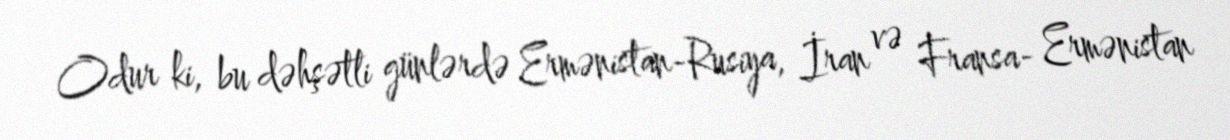
Odur ki, bu dəhşətli günlərdə Ermənistan-Rusiya, İran və Fransa- Ermənistan